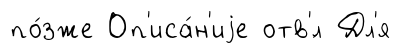
по́зже Оп'иса́н'иjе отв'́л Дл'я